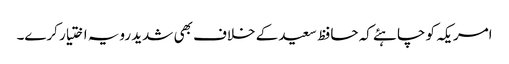
امریکہ کو چاہئے کہ حافظ سعید کے خلاف بھی شدید رویہ اختیار کرے۔